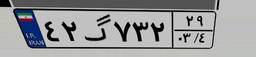
۲۶گ۷۵۴۴۴